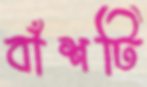
বাঁশটি